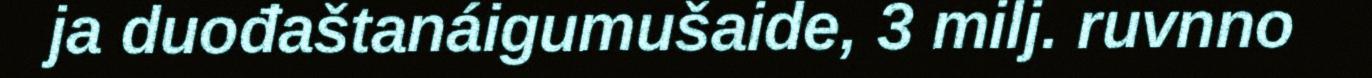
ja duođaštanáigumušaide, 3 milj. ruvnno